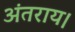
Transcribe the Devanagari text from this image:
अंतराय।